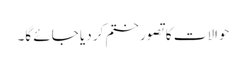
حوالات کا تصور ختم کر دیا جائے گا۔